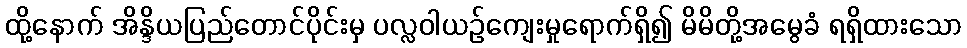
ထို့နောက် အိန္ဒိယပြည်တောင်ပိုင်းမှ ပလ္လဝါယဉ်ကျေးမှုရောက်ရှိ၍ မိမိတို့အမွေခံ ရရှိထားသော